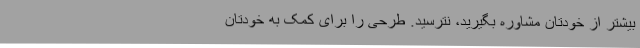
بیشتر از خودتان مشاوره بگیرید، نترسید. طرحی را برای کمک به خودتان